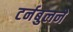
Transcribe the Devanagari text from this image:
टर्नबुलने